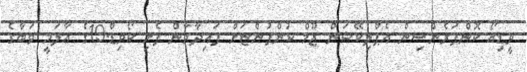
ވީޑިއޯ ކޮންފަރެންސިން އެޕްލިކޭޝަން ޒޫމް ކުންފުންޏަށް ފައިދާވާން ފެށި ކޯވިޑް-19ގެ ޢާލަމީ ވަބާގެ